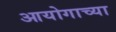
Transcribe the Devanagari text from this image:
आयोगाच्‍या